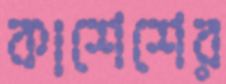
কাশেশের